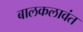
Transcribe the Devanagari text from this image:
बालकलावंत